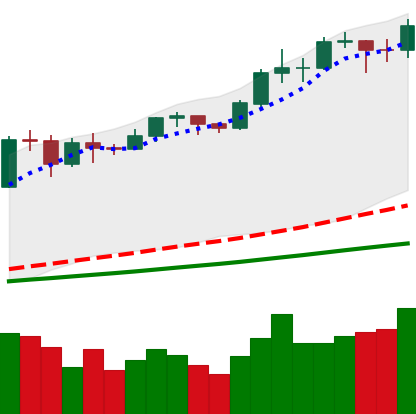
Ticker: BTC-USD
Chart end date: 2020-11-24
Forward return: -4.867%
Label: down_3_5